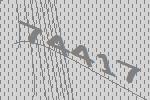
74417